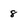
Character: 8